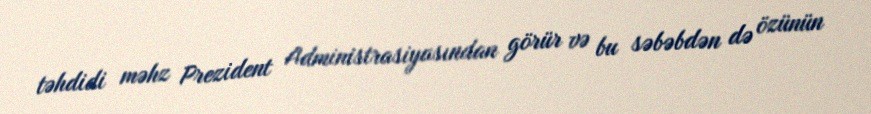
təhdidi məhz Prezident Administrasiyasından görür və bu səbəbdən də özünün